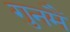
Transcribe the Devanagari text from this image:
गुनमैं